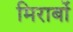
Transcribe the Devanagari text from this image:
मिराबों